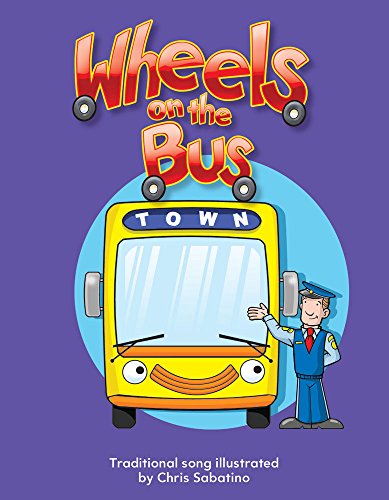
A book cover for Wheels on the Bus (Literacy, Language, & Learning); Chris Sabatino; Children's Books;